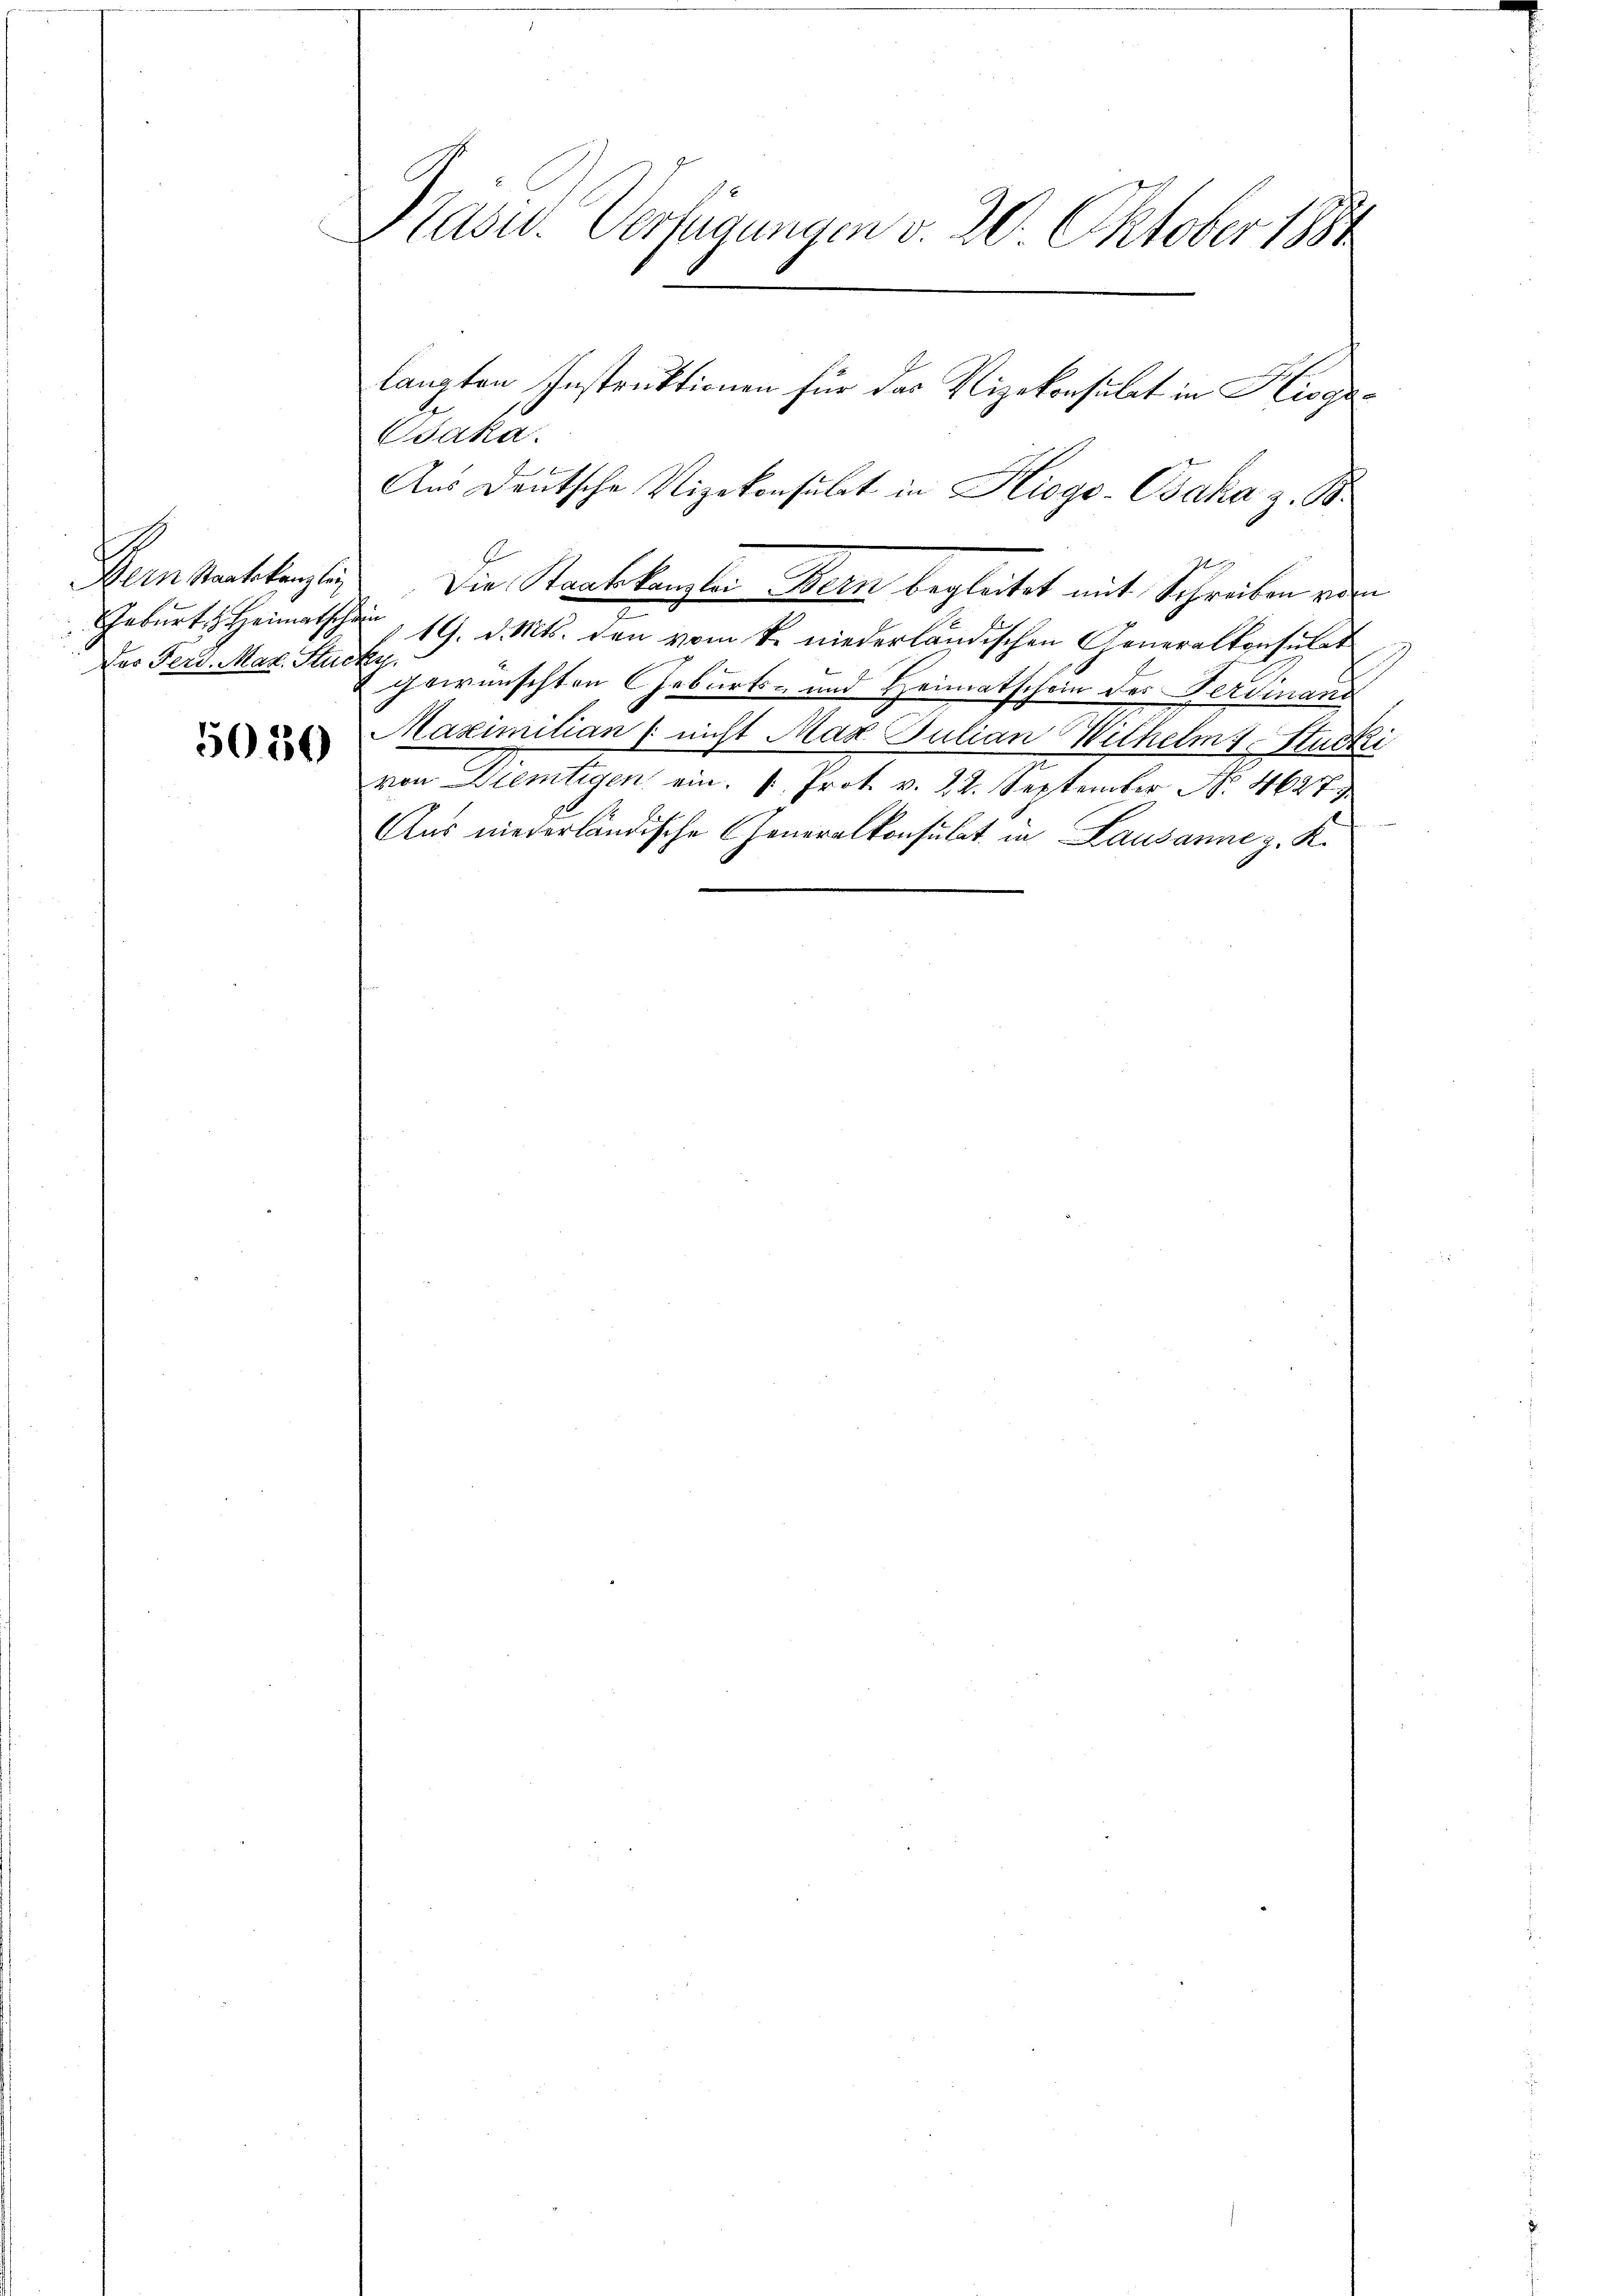
Hern Staatskanzlic
Das Ferd. Mar. Stücke.

5030

Tasu. Verfügungen d. 20. Oktober 1884

saka.
Aus Deutsche Vizekonsulat in Hiogo-Gaka z. B.
E
Die Staatskanzlei Bern begleitet mit Schreiben von
Geburt Heimatsch, 19. d. Mts. den vom k. niederländischen Generalkonsulat
 gewünschten Geburts- und Heimatschein des Verdinand
Maximilian (nicht Max Julian Wilhelm Stucki
von Dientigen ein. " Prot. v. 24. September No. 467
Aus niederländische Generalkonsulat in Lausanne z. K.

langten Instruktionen für das Vizekonsulat in Kisge¬